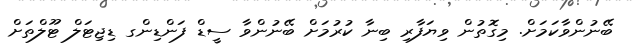
ބޭނުންވާކަމަށް. މިގޮތުން ވިޔަފާރި ބިނާ ކުރުމަށް ބޭނުންވާ ސީޑް ފަންޑިންގ ޑިޖިޓަލް ޓޫލްތަށް